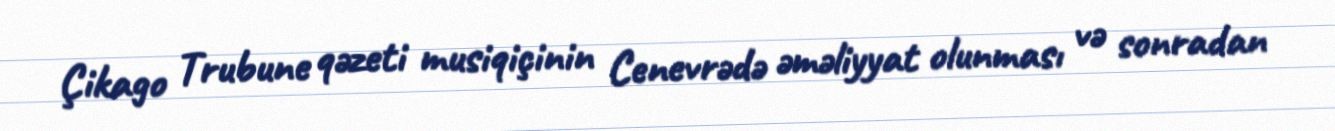
Çikago Trubune qəzeti musiqiçinin Cenevrədə əməliyyat olunması və sonradan